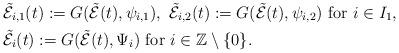
LaTeX: \begin{align*} &\tilde{ \mathcal{E}}_{i,1}(t):= G( \tilde{ \mathcal{E}}(t),\psi_{i,1}),\ \tilde{ \mathcal{E}}_{i,2}(t):= G(\tilde{ \mathcal{E}}(t),\psi_{i,2})\ \textup{for}\ i\in I_1,\\&\tilde{ \mathcal{E}}_{i}(t):= G(\tilde{ \mathcal{E}}(t),\Psi_{i})\ \textup{for}\ i\in \mathbb{Z}\setminus\{0\}.\end{align*}